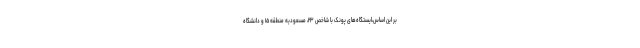
بر این اساس،ایستگاه‌های پونک با شاخص ۲۳، مسعودیه منطقه ۱۵ و دانشگاه